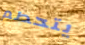
يتحطم